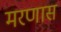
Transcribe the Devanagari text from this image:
मरणास